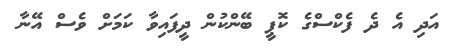
އަދި އެ ދެ ފެކްސްގެ ކޮޕީ ބޭންކުން ދީފައިވާ ކަމަށް ވެސް އޭނާ